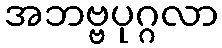
အဘဗ္ဗပုဂ္ဂလာ